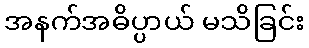
အနက်အဓိပ္ပာယ် မသိခြင်း